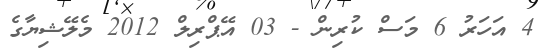
4 އަހަރު 6 މަސް ކުރިން - 03 އޭޕްރިލް 2012 މެލޭޝިޔާގެ